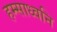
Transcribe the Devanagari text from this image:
हम्साध्वनि